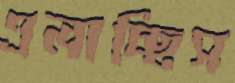
এলাচ্ছিস